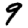
Digit: 9